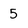
Character: 5